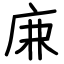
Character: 𢈘